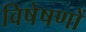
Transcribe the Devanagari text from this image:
विषेषणों